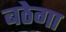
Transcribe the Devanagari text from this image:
बठेगा